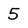
Character: 5